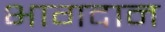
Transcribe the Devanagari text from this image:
भागदान